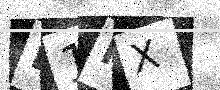
Text: L1NX